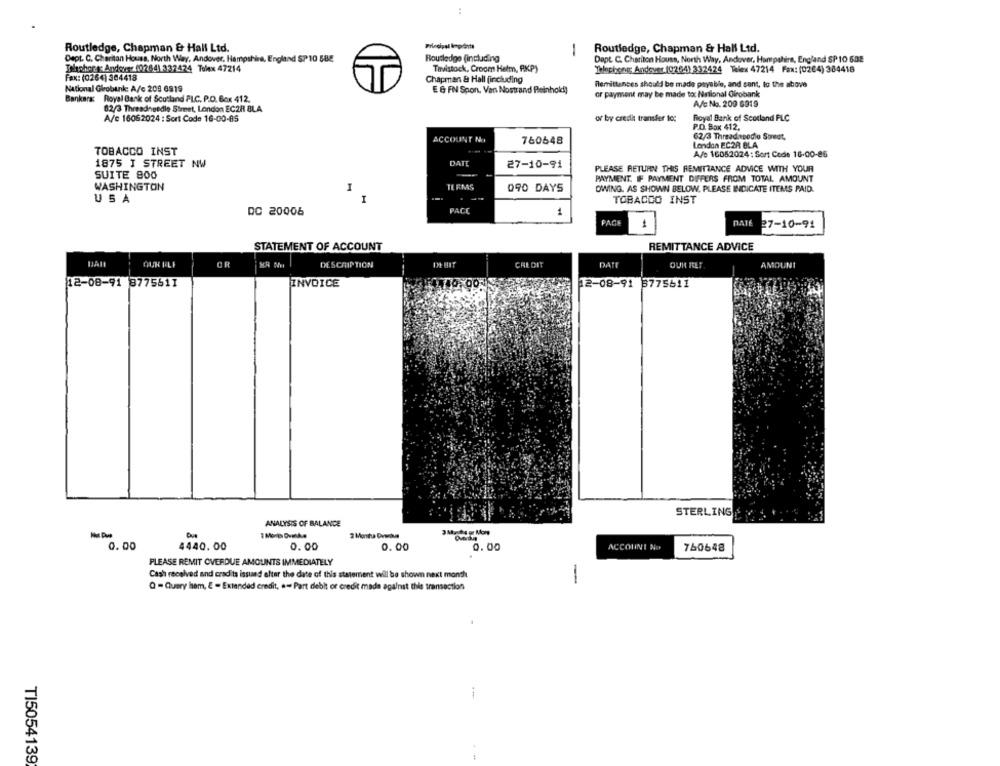
..
Routledge, Chapman & Hall Ltd.
1
Routledge, Chapman & Hall Ltd.
Dept. C. Cheriton Houss, North Way, Andover, Hampshire, England SP 10 5BE
Routledge (including
Dept. C. Chariton House, North Way, Andover, Hampshire, England SP 10 608
Tolchers: Andover (0264) 337424 Tolex 47214
Tavistock, Croom Helm, AKP)
Telephone; Andover (0264) 332424 Telex 47214 Fax: (0204) 384418
Fax: (0264) 364418
Chapman & Hall (including
Remittances should be made payable, and sant, to the above
National Girobank: A/c 208 6819
E & FN Spon. Van Nostrand Reinhold!)
or payment may be made to: National Girobank
Bankers: Royal Bank of Scotland PLC. P.O. Box 412.
82/3 Threadneedle Street, London EC2H BLA
A/c No. 200 6019
A/c 16062024 : Sort Code 16-00-85
or by credit transfer to:
Filoyal Bank of Scotland FLC
P.O. Box 412.
ACCOUNT Na
62/3 Threadapodio Sommet,
760648
London EC2A BLA
TOBACCO INST
A/e 16052024: Sort Code 16-00-86
DATE
1875 I STREET NW
27-10-91
PLEASE RETURN THIS REMITTANCE ADVICE WITH YOUR
SUITE 900
PAYMENT. IF PAYMENT DIFFERS FROM TOTAL AMOUNT
WASHINGTON
I
TERMS
090 DAYS
OWING. AS SHOWN BELOW. PLEASE INDICATE ITEMS PAID.
USA
I
TOBACCO INST
DC 20006
PACC
1
PAGE
DATE
1
27-10-91
STATEMENT OF ACCOUNT
REMITTANCE ADVICE
OUR FELF
CR
DESCRIPTION
IN BIT
CREDIT
DATE
AMOUNT
12-08-91 3775611
INVOICE
12-08-91 3775611
STERLING
ANALYSIS OF BALANCE
2 Monta Dvackue
0.00
4440.00
0.00
0.00
0.00
ACCOUNT NO
760648
PLEASE REMIT OVERDUE AMOUNTS IMMEDIATELY
Cash received and cradits issued after the date of this statement will be shown next month
Q - Query ham, & - Extended credit, a- Part debit or credit made against this transaction
--
TI5054139